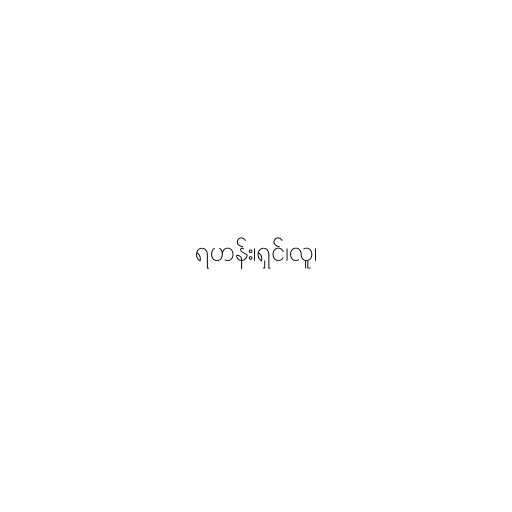
ရဟန်း၊ရှင်၊လူ၊